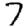
Digit: 7